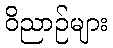
ဝိညာဉ်များ